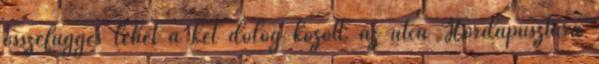
összefüggés lehet a két dolog között: az utca Hordapusztára